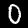
Digit: 0